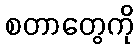
စတာတွေကို